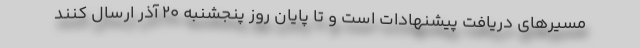
مسیرهای دریافت پیشنهادات است و تا پایان روز پنجشنبه 20 آذر ارسال کنند